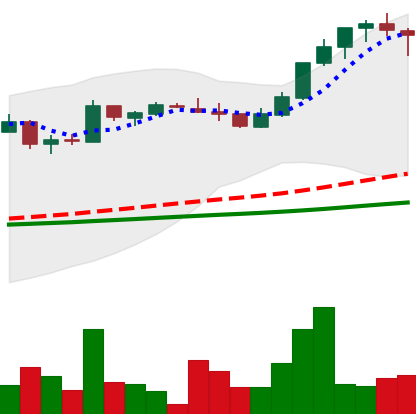
Ticker: LTC-USD
Chart end date: 2017-04-27
Forward return: 8.706%
Label: up_7plus